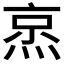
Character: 𬊧